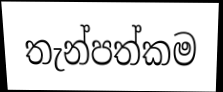
තැන්පත්කම